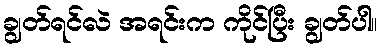
ချွတ်ရင်လဲ အရင်းက ကိုင်ပြီး ချွတ်ပါ။